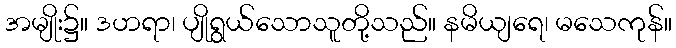
အမျိုး၌။ ဒဟရာ၊ ပျိုရွယ်သောသူတို့သည်။ နမိယျရေ၊ မသေကုန်။